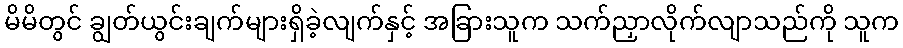
မိမိတွင် ချွတ်ယွင်းချက်များရှိခဲ့လျက်နှင့် အခြားသူက သက်ညှာလိုက်လျာသည်ကို သူက